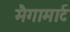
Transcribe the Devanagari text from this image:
मैगामार्ट